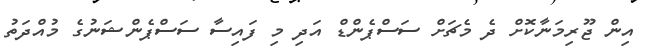
އިން ޖޫރިމަނާކޮށް ދެ މެޗަށް ސަސްޕެންޑް އަދި މި ފައިސާ ސަސްޕެންޝަނުގެ މުއްދަތު